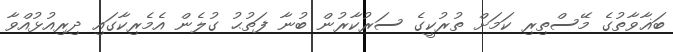
ބަޣާވާތުގެ މޭސްތިރި ކަމަށް ތުރުކީގެ ސަރުކާރުން ބުނާ ފަތުޙު ގުލެން އެމެރިކާގައި ދިރިއުޅުއްވާ